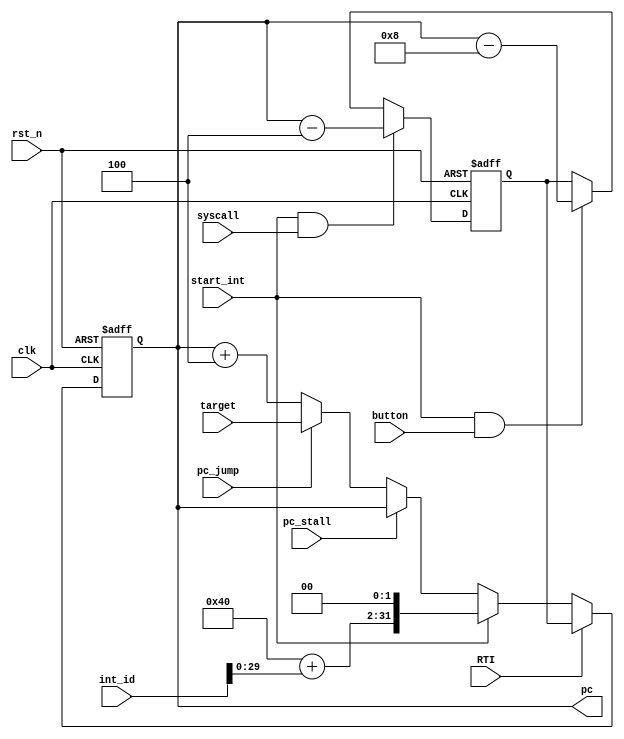
module pc(
	input clk,
	input rst_n,
	
	input syscall,
	input button,
	
	input [31:0] target,
	input [31:0] int_id,
	
	input start_int,
	input RTI,
	input pc_stall,
	input pc_jump,
	

	
	output [31:0] pc
);

assign pc=now_pc;

reg [31:0] now_pc;
reg [31:0] next_pc;


always@(posedge clk or negedge rst_n)
begin
	if(~rst_n)
		now_pc<=32'b0;
	else
		now_pc<=next_pc;
end

//below are interrupt unit

reg [31:0] int_pc;



always@(posedge clk or negedge rst_n)
begin
	if(~rst_n)
		int_pc<=32'b0;
	else if(start_int && syscall)
		int_pc<=now_pc-32'h4;
	else if(start_int && button)
		int_pc<=now_pc-32'h8;
	else
	begin
	end
end

reg flg;
reg [2:0] ct;

always@(posedge clk or negedge rst_n)
begin
	if(~rst_n)
	begin
		flg<=0;
		ct<=3'h0;
	end
	else
	begin
		if(start_int && button)
			flg<=1;
		else
		begin
		end
		
		if(ct!=3'h3 && flg)
		begin
			ct<=ct+3'h1;
		end
		else
		begin
			ct<=3'h0;
			flg<=0;
		end
	end
end

//next_pc
wire [31:0] base;
assign base = 32'h40;

always@(*)
begin
	if(RTI)
		next_pc=int_pc;
	else if(start_int)
		next_pc=(base+int_id)<<2;
	else if(pc_stall)
		next_pc=now_pc;
	else if(pc_jump)
		next_pc=target;
	else
		next_pc=now_pc+32'h4;
end

endmodule